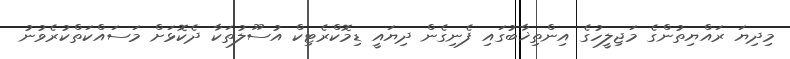
މިދިޔަ ރައްޔިތުންގެ މަޖިލީހުގެ އިންތިޚާބުގައި ފެނިގެން ދިޔައީ ޑިމޮކްރެޓިކް އުސޫލުތަކާ ދެކޮޅަށް މަސައްކަތްކުރެވުނު